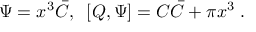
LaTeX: \Psi = x ^ { 3 } \bar { \cal C } , \; \; [ Q , \Psi ] = { \cal C } \bar { \cal C } + \pi x ^ { 3 } \; .